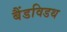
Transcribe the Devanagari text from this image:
बैंडविडथ